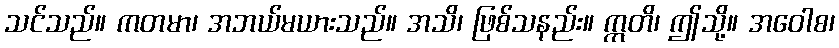
သင်သည်။ ကတမာ၊ အဘယ်မယားသည်။ အသိ၊ ဖြစ်သနည်း။ ဣတိ၊ ဤသို့။ အဝေါစ၊